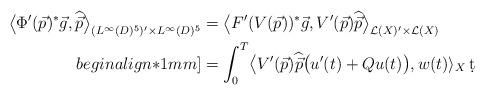
LaTeX: \begin{align*}\big\langle \Phi'(\vec p)^*\vec g,\widehat{\vec p}\big\rangle_{( L^\infty(D)^5)'\times L^\infty(D)^5}&= \big\langle F'(V(\vec p))^*\vec g, V'(\vec p)\widehat{\vec p}\big\rangle_{\mathcal{L}(X)'\times \mathcal{L}(X)}\\begin{align*}1mm]&=\int_0^T\! \big\langle V'(\vec p)\widehat{\vec p}\big(u'(t) +Qu(t)\big),w(t)\rangle_X\,\d t\end{align*}